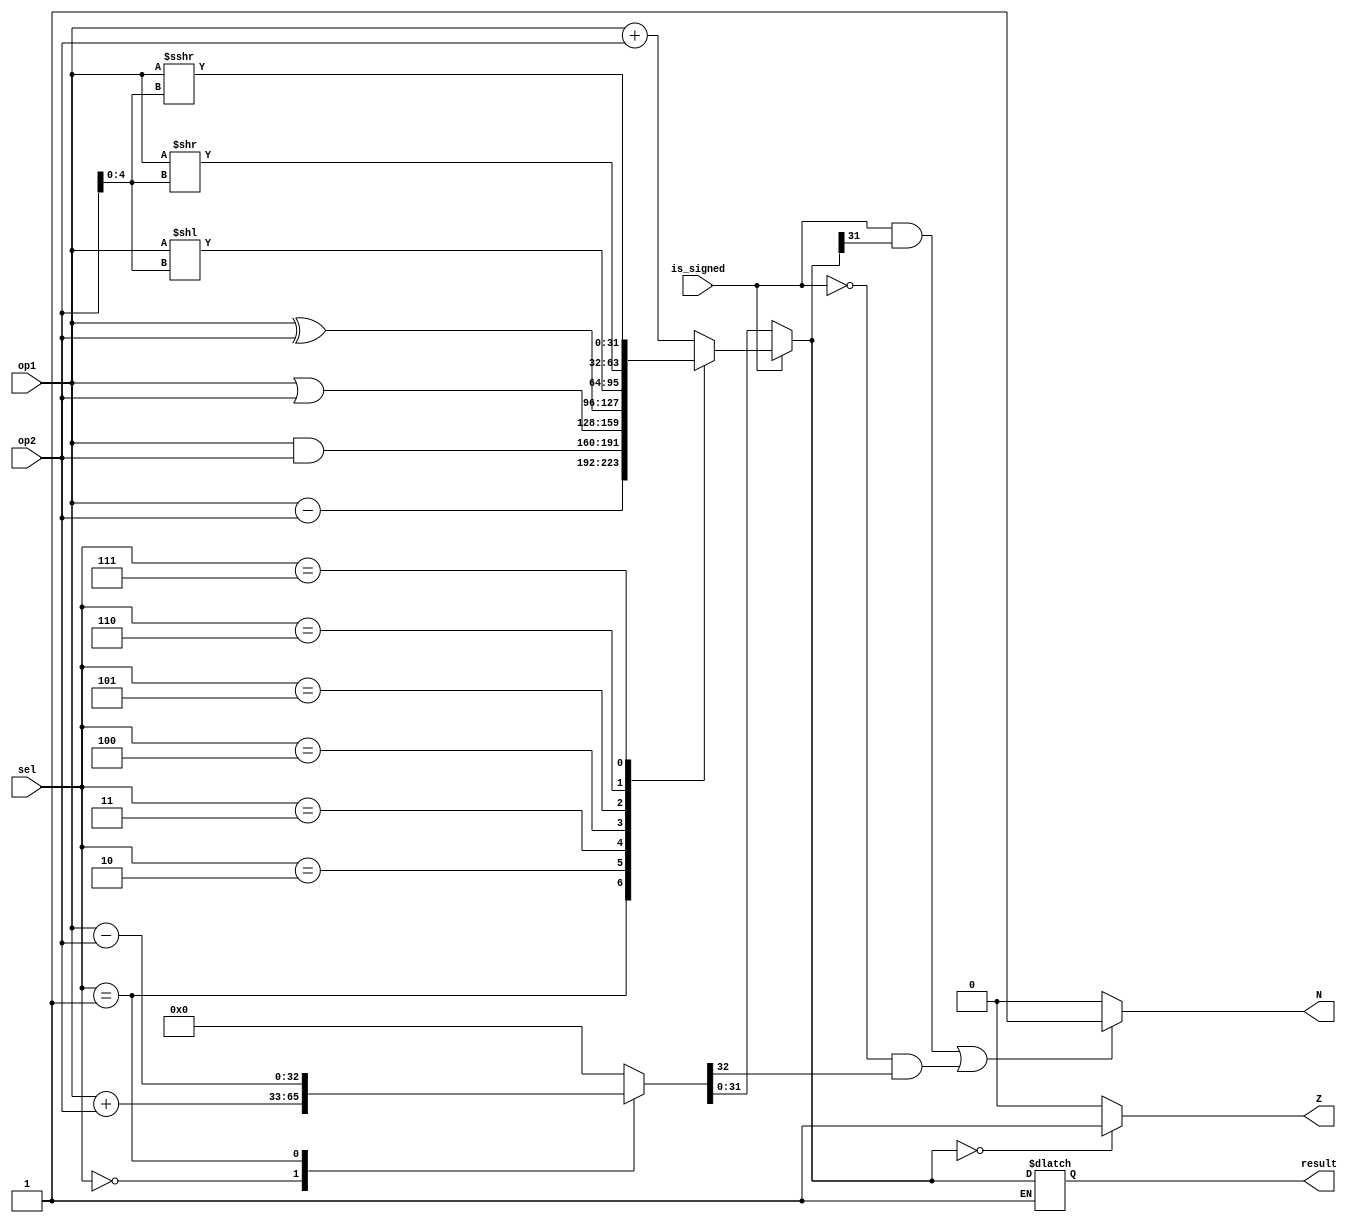
`timescale 1ns / 1ps

module ALU (op1, op2, sel, is_signed, result, Z, N);

	input [31:0] op1, op2;
	input [2:0] sel;
	input is_signed;
	
	output reg [31:0] result;
	output reg Z, N;
	
	reg [32:0] result_ext;
	
	always@(*) begin
	
	if (!is_signed) begin
			case (sel)	
				3'b000: result_ext = op1 + op2; // ADD 
				3'b001: result_ext = op1 - op2; // SUB	
				default: result_ext = 33'b0;
			endcase
			result = result_ext[31:0];
	end
	if (is_signed) begin
			case (sel)	
				3'b000: result = op1 + op2; // ADD 
				3'b001: result = op1 - op2; // SUB
				3'b010: result = op1 & op2; // AND
				3'b011: result = op1 | op2; // OR
				3'b100: result = op1 ^ op2; // XOR
				3'b101: result = op1 << op2[4:0]; // Shift Left Logical
				3'b110: result = op1 >> op2[4:0]; // Shift Right Logical			
				3'b111: result = $signed(op1) >>> op2[4:0] ; //Shift Right Arithmetical
			endcase
	end
	
	if (result == 0) Z = 1'b1;
	else Z = 1'b0;
	 
	if ((is_signed & result[31]) | (!is_signed & result_ext[32])) N = 1'b1; 
	else N = 1'b0;

	
	
	end




endmodule